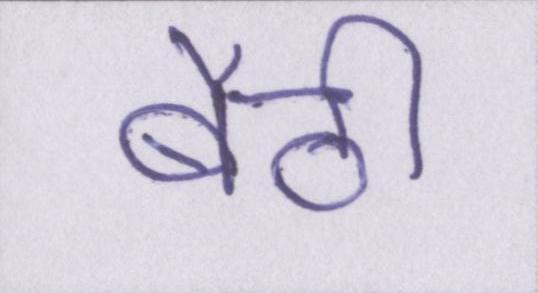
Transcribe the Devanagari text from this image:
बैठी